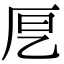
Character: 𭆂